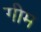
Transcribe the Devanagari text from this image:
गीम